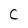
Character: C